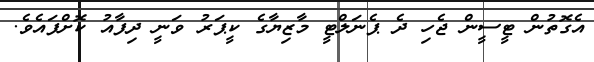
އެގޮތުން ޓީސީން ޖެހި ދެ ޕެނަލްޓީ މާޒިޔާގެ ކީޕަރު ވަނީ ދިފާއު ކޮށްފައެވެ.